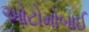
ઓટોમોબાઈ